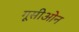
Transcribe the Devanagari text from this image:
गूसीओन